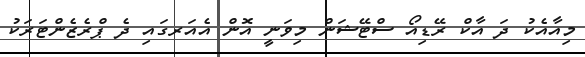
މިއާއެކު ދަ އާކް ރޭޑިއޯ ސްޓޭޝަން މިވަނީ އޮން އެއަރގައި ދެ ޕްރެޒެންޓަރަކު